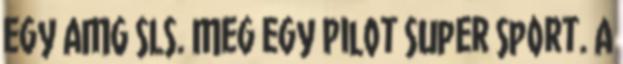
egy AMG SLS. Meg egy Pilot Super Sport. A